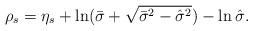
LaTeX: \begin{align*} \rho_s=\eta_s+\ln (\bar\sigma+\sqrt{\bar\sigma^2- \hat\sigma^2}) -\ln \hat\sigma.\end{align*}